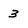
Character: 3